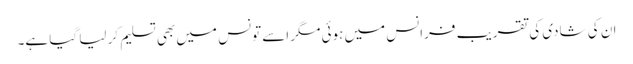
ان کی شادی کی تقریب فرانس میں ہوئی مگر اسے تونس میں بھی تسلیم کر لیا گیا ہے۔